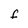
Character: f